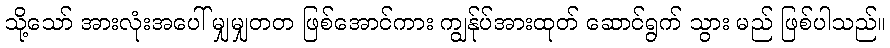
သို့သော် အားလုံးအပေါ် မျှမျှတတ ဖြစ်အောင်ကား ကျွန်ုပ်အားထုတ် ဆောင်ရွက် သွား မည် ဖြစ်ပါသည်။